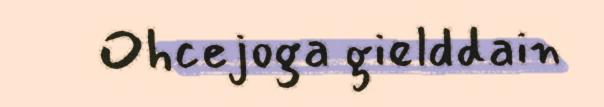
Ohcejoga gielddain